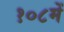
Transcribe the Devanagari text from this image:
१०८में